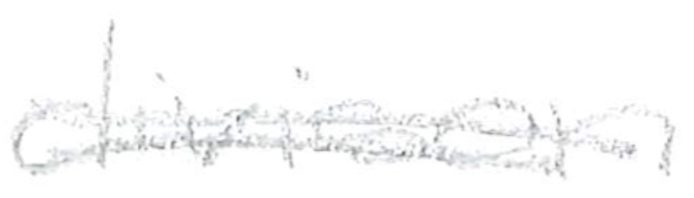
Text: Division
Cross-out: mix
Writing tool: pencil